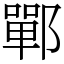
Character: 鄲